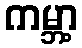
ကမ္ဘာ့